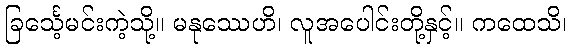
ခြင်္သေ့မင်းကဲ့သို့။ မနုဿေဟိ၊ လူအပေါင်းတို့နှင့်။ ကထေသိ၊